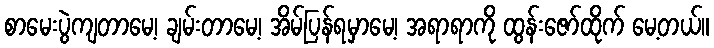
စာမေးပွဲကျတာမေ့၊ ချမ်းတာမေ့၊ အိမ်ပြန်ရမှာမေ့၊ အရာရာကို ထွန်းဇော်ထိုက် မေ့တယ်။